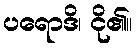
ပရောဒိ၊ ငို၏။